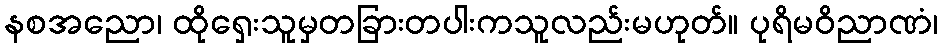
နစအညော၊ ထိုရှေးသူမှတခြားတပါးကသူလည်းမဟုတ်။ ပုရိမဝိညာဏံ၊